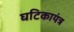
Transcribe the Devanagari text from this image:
घटिकायंत्र